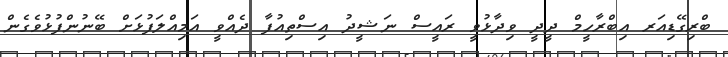
ބްރިގޭޑިއަރ އިބްރާހީމް ދީދީ ވިދާޅުވީ ރައީސް ނަޝީދު އިސްތިއުފާ ދެއްވީ އަމިއްލަފުޅަށް ބޭނުންފުޅުވެގެން